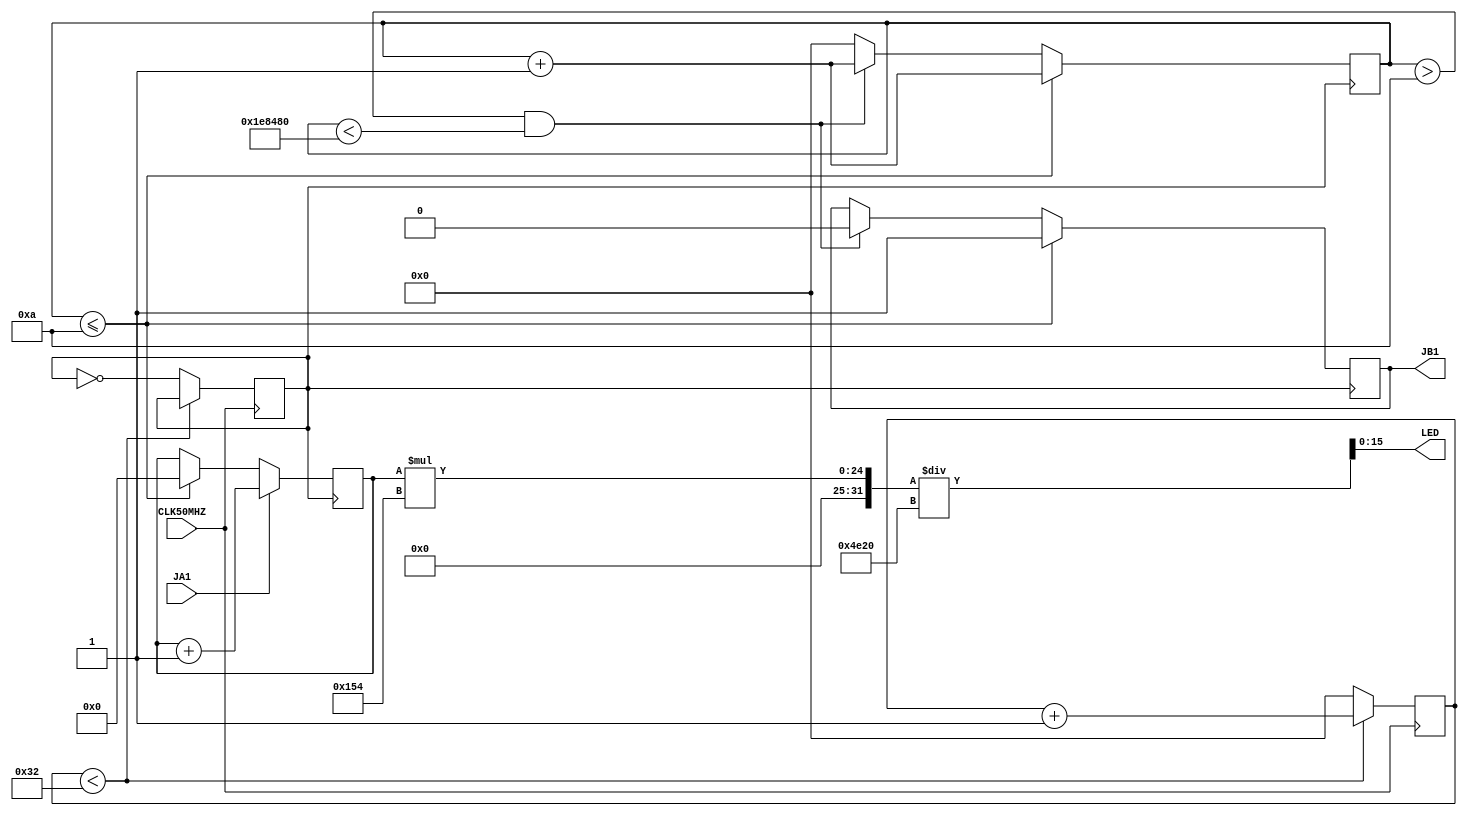
module UScircuit(LED, JA1, JB1, CLK50MHZ);
    input CLK50MHZ, JA1; // JA1 is echo pin of sensor
    output[15:0] LED;
    output JB1;

    reg trig = 0;
    reg [31:0] trigcounter = 0;
    reg [15:0] distance = 0;
    reg CLK1MHZ = 0;
    reg [31:0] mhz1counter = 0;

    assign JB1 = trig;
    
    assign LED = (distance*340) / 20000; // LED will be a reg that displays distance in cm

    always @(posedge CLK50MHZ) begin
        if (mhz1counter < 50) begin 
            mhz1counter <= mhz1counter + 1;
        end else begin
            mhz1counter <= 0;
            CLK1MHZ <= ~CLK1MHZ;
        end
    end

    always @(posedge CLK1MHZ) begin
        if (trigcounter <= 10) begin 
            trigcounter <= trigcounter + 1;
            trig <= 1;
            distance <= 0;
        end
        else if ((trigcounter > 10) & (trigcounter < 2000000)) begin
            trigcounter <= trigcounter + 1;
            trig <= 0;
        end
        else begin
            trigcounter <= 0;
        end

        if (JA1) begin
            distance <= distance + 1;
        end
    end

endmodule